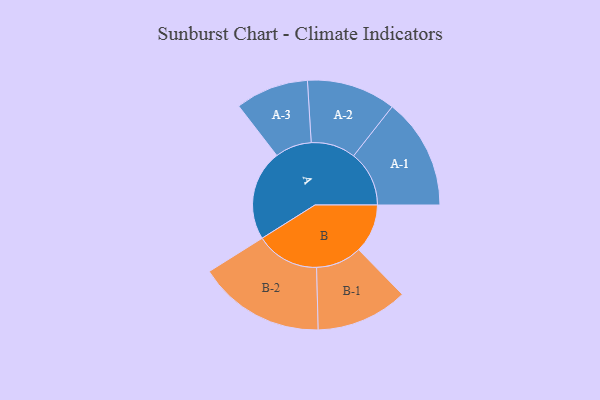
{"axis": {"x": "Segment", "y": "Value"}, "legend": ["", "A", "B"], "data": [{"x": "A", "y": 272, "type": ""}, {"x": "B", "y": 147, "type": ""}, {"x": "A-1", "y": 167, "type": "A"}, {"x": "A-2", "y": 134, "type": "A"}, {"x": "A-3", "y": 110, "type": "A"}, {"x": "B-1", "y": 138, "type": "B"}, {"x": "B-2", "y": 191, "type": "B"}]}